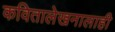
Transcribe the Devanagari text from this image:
कवितालेखनालाही